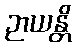
ဉာယန္တိ